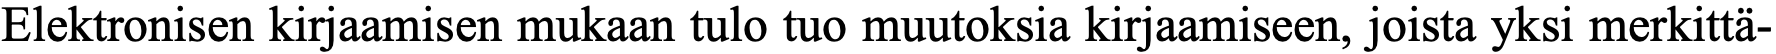
Elektronisen kirjaamisen mukaan tulo tuo muutoksia kirjaamiseen, joista yksi merkittä-